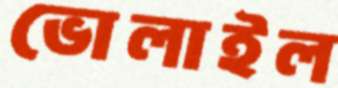
ভোলাইল